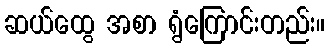
ဆယ်ထွေ အစာ ရွံကြောင်းတည်း။